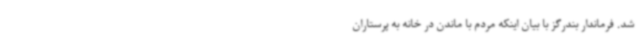
شد. فرماندار بندرگز با بیان اینکه مردم با ماندن در خانه به پرستاران